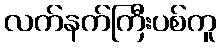
လက်နက်ကြီးပစ်ကူ